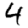
Digit: 4